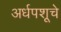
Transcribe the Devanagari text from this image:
अर्धपशूचे